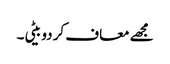
مجھے معاف کر دو بیٹی۔